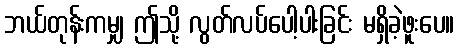
ဘယ်တုန်းကမျှ ဤသို့ လွတ်လပ်ပေါ့ပါးခြင်း မရှိခဲ့ဖူးပေ။